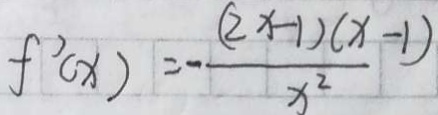
f ^ { \prime } ( x ) = - \frac { ( 2 x - 1 ) ( x - 1 ) } { x ^ { 2 } }